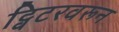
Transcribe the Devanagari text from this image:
ट्विटरवरून